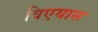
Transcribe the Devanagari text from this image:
विएयास